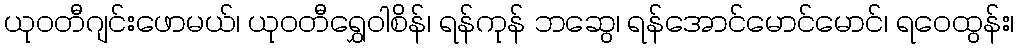
ယုဝတီဂျင်းဖောမယ်၊ ယုဝတီရွှေဝါစိန်၊ ရန်ကုန် ဘဆွေ၊ ရန်အောင်မောင်မောင်၊ ရဝေထွန်း၊